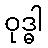
ဝုဒ္ဓါ